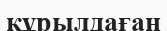
құрылдаған